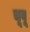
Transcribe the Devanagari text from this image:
चूबू